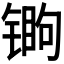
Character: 𬭧